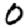
Digit: 0